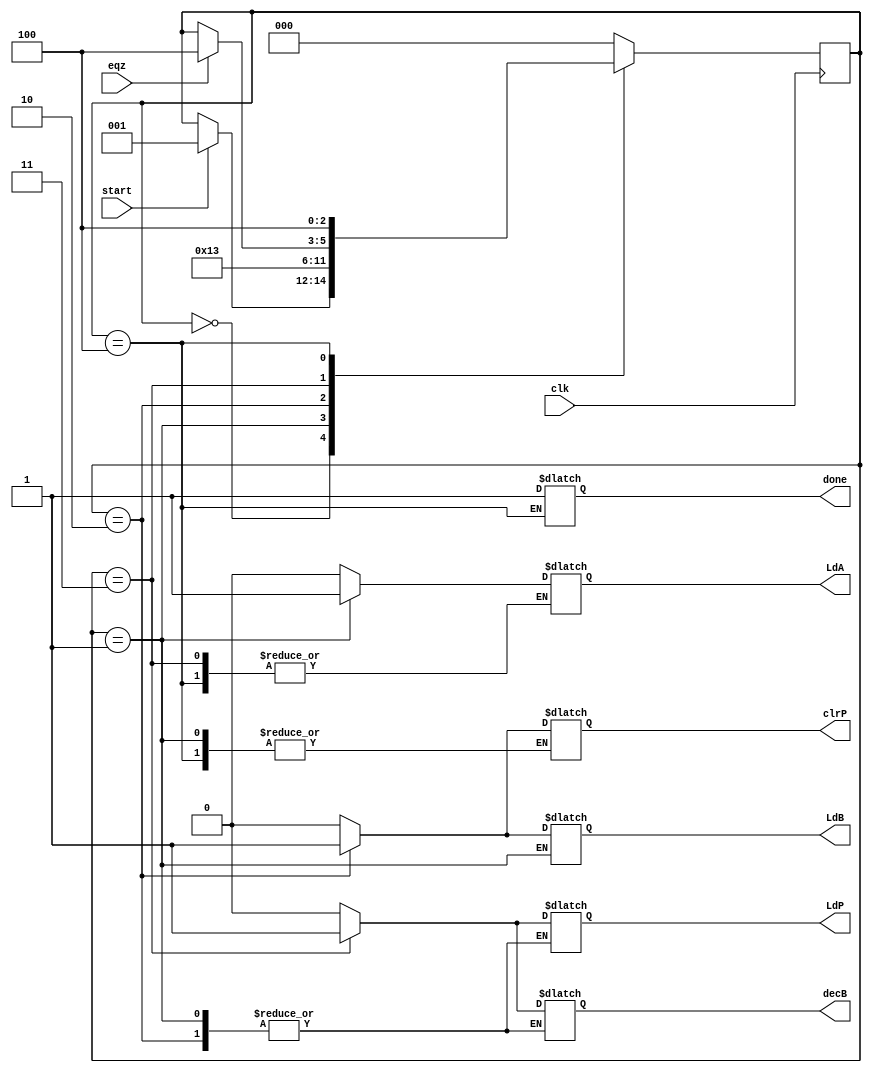
module MUL_ctrlpath ( LdA , LdB , LdP , clrP , decB , done , clk , eqz , start);

    input clk , eqz , start ;
    output reg LdA , LdB , LdP , clrP , decB , done ;
    reg [2:0] state ; // as there are 3 states 

    // defining the three states 
    parameter S0 = 3'b000 , S1 = 3'b001 ,S2 = 3'b010 , S3 = 3'b011 , S4 = 3'b100 ;

    always @ ( posedge clk)
        begin 
        
        case (state)
            S0: if (start)  state <= S1;
            S1: state <= S2;
            S2: state <= S3;
            // the #2 is for some delay fro synchronisation 
            // for final state
            S3: #2 if (eqz) state <= S4;
                
            S4: state <= S4;

            default : state <= S0;
        
        endcase

        end

    // this happens only if the state changes keep this in mind
    always @(state)
        begin
          case (state)
          S0: begin #1 LdA = 0; LdB = 0 ; LdP = 0 ; clrP = 0 ; decB = 0 ; end
          S1: begin #1 LdA = 1; end
          S2: begin #1 LdA = 0 ; LdB = 1 ; clrP = 1 ;end
          S3: begin #1 LdB = 0 ; LdP = 1 ; clrP = 0; decB = 1 ; end
          S4: begin #1 done = 1 ; LdB = 0 ; LdP = 0; decB = 0 ; end
        
        default: begin #1 LdA = 0; LdB = 0 ; LdP = 0 ; clrP = 0 ; decB = 0 ; end
        endcase

        end

endmodule